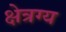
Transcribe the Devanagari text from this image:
क्षेत्रग्य